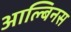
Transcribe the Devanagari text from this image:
आल्बिनस